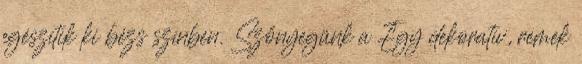
egészítik ki bézs színben. Szőnyegünk a Egy dekoratív, remek